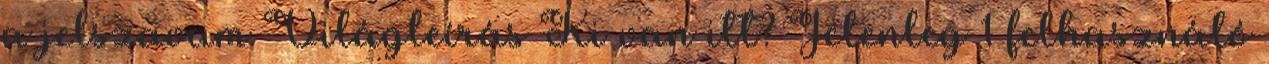
a jelszavam Világleírás Ki van itt? Jelenleg 1 felhasználó